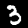
Label: 3